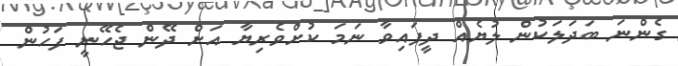
ގެންނަ ބަދަލަކުން ލުޔެއް ދީފައިވާ ނަމަ ކުށްވެރިޔާ އަށް ދޭން ޖެހޭނީ ފަހުން